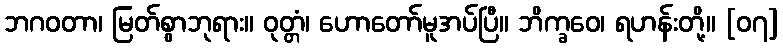
ဘဂဝတာ၊ မြတ်စွာဘုရား။ ဝုတ္တံ၊ ဟောတော်မူအပ်ပြီ။ ဘိက္ခဝေ၊ ရဟန်းတို့။ [၀၇]